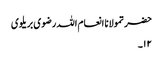
حضرتمولانا انعام اللہ رضوی بریلوی
۱۲۔